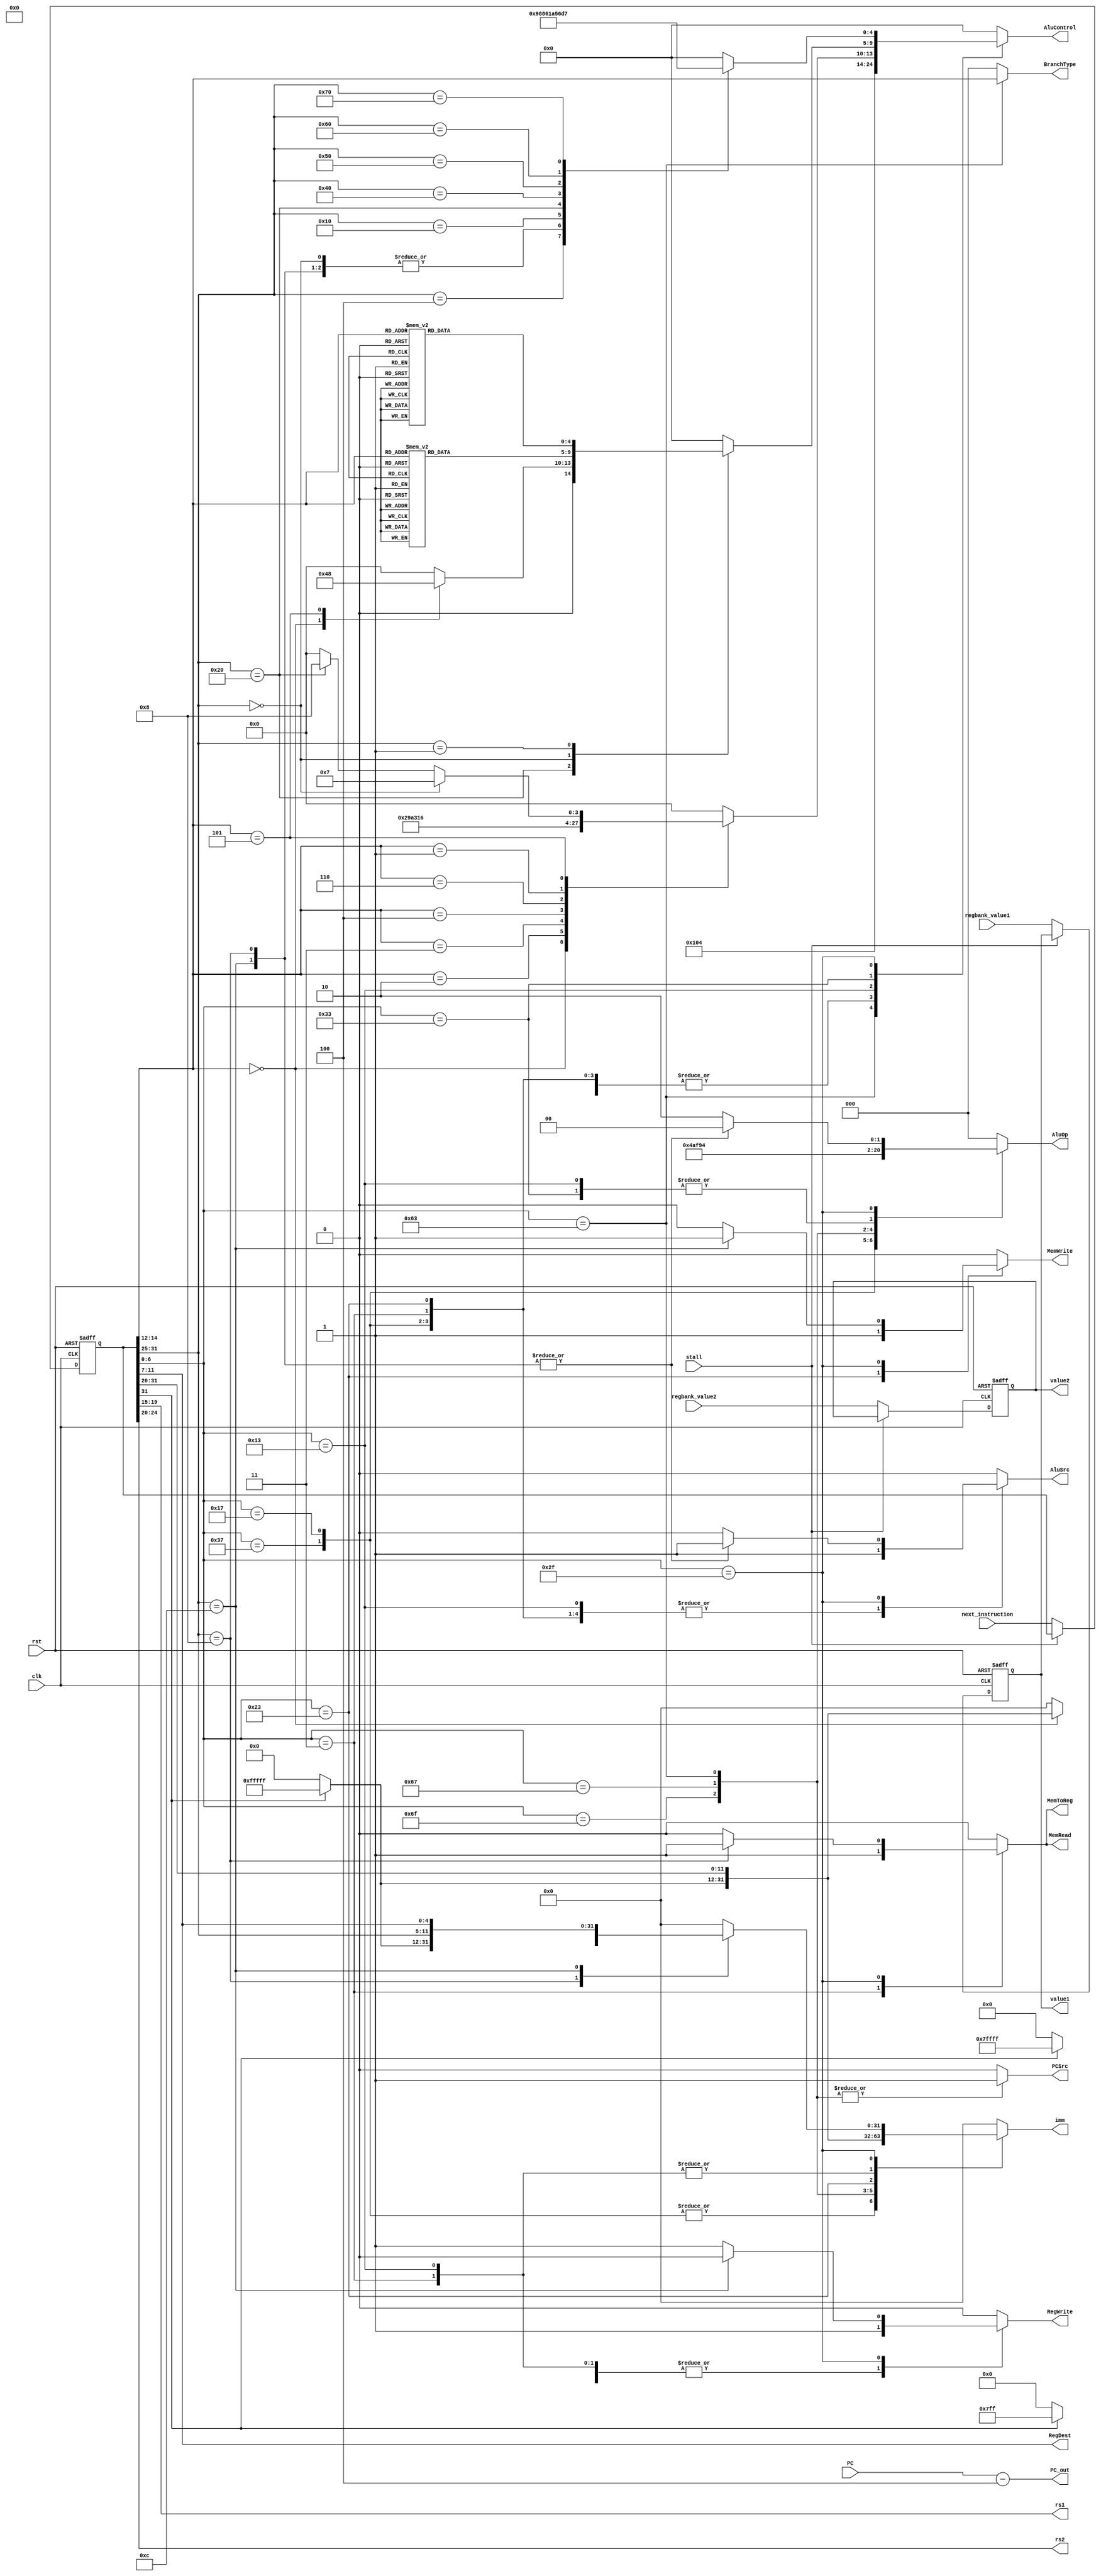
// Decode Stage
module decode (
    input clk,                // Clock signal
    input rst,                // Reset signal
    input stall,

    input [31:0] next_instruction,
    input [31:0] PC,
    input [31:0] regbank_value1,
    input [31:0] regbank_value2,

    // TODO: Clean unused outputs
    output reg [31:0] imm,
    output [4:0] rs1, rs2,
   
    // output sinais de controle
    output reg MemWrite,        // True or False depending if the operation Writes in the Memory or not
    output reg MemRead,         // True or False depending if the operation Reads from the Memory or not
    output reg RegWrite,        // True or False depending if the operation writes in a Register or not
    output [4:0] RegDest,       // Determines which register to write the ALU result
    output reg AluSrc,          // Determines if the value comes from the Register Bank or is an IMM
    output reg [2:0] AluOp,     // Operation type ALU will perform
    output reg MemToReg,        // True or False depending if the operation writes from the Memory into the Resgister Bank
    output reg PCSrc,       // Determines where the PC will come from
    output reg [2:0] BranchType = 0,
    output reg [4:0] AluControl = 0,
    output reg [31:0] PC_out,
    output reg [31:0] value1,
    output reg [31:0] value2
);

    // Macros dos opcodes:
    localparam CODE_LUI         = 7'b0110111;
    localparam CODE_AUIPC       = 7'b0010111;
    localparam CODE_JAL         = 7'b1101111;
    localparam CODE_JARL        = 7'b1100111;
    localparam CODE_B_TYPE      = 7'b1100011;
    localparam CODE_LOAD_TYPE   = 7'b0000011;
    localparam CODE_SAVE_TYPE   = 7'b0100011;
    localparam CODE_I_TYPE      = 7'b0010011;
    localparam CODE_R_TYPE      = 7'b0110011;
    localparam CODE_ATOMIC      = 7'b0101111;
    localparam CODE_SYS_CALL    = 7'b1110011;


    reg [31:0] _instruction;
    reg [31:0] _value1;
    reg [31:0] _value2;

    // Divide each possible part of an instruction
    wire [6:0] opcode = _instruction[6:0];
    assign RegDest = _instruction[11:7];
    assign rs1 = _instruction[19:15];
    assign rs2 = _instruction[24:20];
    wire [5:0] shamt = _instruction[24:20];
    wire [2:0] func3 = _instruction[14:12];
    wire [6:0] func7 = _instruction[31:25];

    always @(posedge clk or posedge rst)
    begin

        if (rst) 
        begin
            _instruction <= 0;
            _value1 <= 0;
            _value2 <= 0;
        end
        else
        begin
            if (~stall) begin
                _instruction <= next_instruction;
                _value1 <= regbank_value1;
                _value2 <= regbank_value2;
            end
        end
    end

    always @(*) 
    begin
        // Standart Value for PCSrc
        imm <= 0;
        MemWrite   <= 0;
        MemRead    <= 0;
        RegWrite   <= 0;
        AluSrc     <= 0;
        AluOp      <= 0;
        AluControl <= 0;
        BranchType <= 0;
        MemToReg   <= 0; 
        PCSrc      <= 0;
        PC_out <= PC-4;
        value1 <= _value1;
        value2 <= _value2;

        case (opcode)
            // LUI: Load Upper Immediate (Tipo U)
            CODE_LUI : 
                begin
                    AluOp <= 3'b100;
                    AluSrc <= 1;
                    MemToReg <= 0;
                    RegWrite <= 1;
                    MemRead <= 0;
                    MemWrite <= 0;
                    PCSrc <= 0;
                    AluControl <= 5'b00010;
                    imm <= {_instruction[31:12], 12'b0};
                end
            
            // AUIPC: Add U-Immediate with PC (Tipo U)
            CODE_AUIPC : begin
                    AluOp <= 3'b101;
                    AluSrc <= 1;
                    MemToReg <= 0;
                    RegWrite <= 1;
                    MemRead <= 0;
                    MemWrite <= 0;
                    PCSrc <= 0;
                    AluControl <= 5'b00010;
                    imm <= {_instruction[31:12], 12'b0};
                end

            // JAL: Jump And Link (Tipo J)
            CODE_JAL : 
            begin
                AluOp <= 3'b011;
                AluSrc <= 0;
                MemToReg <= 0;
                RegWrite <= 1;
                MemRead <= 0;
                MemWrite <= 0;
                PCSrc <= 1;
                AluControl <= 5'b00010;
                imm <= {_instruction[31] ? 11'b11111111111 : 11'b0, _instruction[31], _instruction[19:12], _instruction[20], _instruction[30:21], 1'b0};
            end

            //JARL: Jump And Link Register (Tipo I)
            // Essa intruo  bizarra, verificar dps
            CODE_JARL :
            begin
                AluOp <= 3'b111;
                AluSrc <= 0;
                MemToReg <= 0;
                RegWrite <= 1;
                MemRead <= 0;
                MemWrite <= 0;
                PCSrc <= 1;
                AluControl <= 5'b00010;
                case (func3)
                7'b000 :
                    begin
                        imm <= {_instruction[31] ? 20'b11111111111111111111 : 20'b0, _instruction[31:20]};
                    end

                endcase
            end

            // Instrues de Branch: dependedem de func3 (Tipo B)
            CODE_B_TYPE :
            begin
                AluOp <= 3'b001;
                AluSrc <= 0;
                RegWrite <= 0;
                MemRead <= 0;
                MemWrite <= 0;
                PCSrc <= 1;
                AluControl <= 5'b00100; // Branch performa uma subtrao na ALU pra fazer a comparao
                imm <= {_instruction[31] ? 19'b1111111111111111111 : 19'b0, _instruction[31], _instruction[7], _instruction[30:25], _instruction[11:8], 1'b0}; // Imediato usado pra somar no PC
                BranchType <= func3;
            end

            // Instrues dos tipos de Loads: dependem do func3
            CODE_LOAD_TYPE :
                begin
                    AluOp <= 3'b000;
                    AluSrc <= 1;
                    MemToReg <= 1;
                    RegWrite <= 1;
                    MemRead <= 1;
                    MemWrite <= 0;
                    PCSrc <= 0;
                    AluControl <= 5'b00010; // LW performa uma soma na ALU pra calculcar endereo
                    imm <= {_instruction[31] ? 20'b11111111111111111111 : 20'b0, _instruction[31:20]};
                end
            
            // Instrues pros tipos de Save: dependem do func3 (Tipo S)
            CODE_SAVE_TYPE :
                begin
                    AluOp <= 3'b000;
                    AluSrc <= 1;
                    RegWrite <= 0;
                    MemRead <= 0;
                    MemWrite <= 1;
                    PCSrc <= 0;
                    AluControl <= 5'b00010; // SW performa uma soma na ALU pra calculcar endereo
                    imm <= {_instruction[31] ? 20'b11111111111111111111 : 20'b0, _instruction[31:25], _instruction[11:7]};
                    
                    // Esse sinal ir indicar pra ALU/MEM qual o tipo de store
                    // (No sei oq fazer pra diferenciar os tipos de store ainda, ento o padro vai ser SW por hora)
                    // if (func3 == 010) 
                end
            
            // Instrues para operaes com Imediato (Tipo I)
            CODE_I_TYPE :
                begin
                    AluOp <= 3'b010;
                    AluSrc  <= 1;
                    MemToReg <= 0;
                    RegWrite <= 1;
                    MemRead <= 0;
                    MemWrite <= 0;
                    PCSrc <= 0;
                    imm <= {_instruction[31] ? 20'b11111111111111111111 : 20'b0, _instruction[31:20]};

                    case (func3)
                        // ADDI, LI, MV
                        3'b000:
                        begin
                            AluControl <= 5'b00010;
                        end
                        // SLTI
                        3'b010:
                        begin
                            AluControl <= 5'b01001;
                        end
                        // SLTIU
                        3'b011:
                        begin
                            AluControl <= 5'b01010;    
                        end
                        // XORI
                        3'b100:
                        begin
                            AluControl <= 5'b00011;    
                        end
                        // ORI
                        3'b110:
                        begin
                            AluControl <= 5'b00001;    
                        end
                        // ANDI
                        3'b111:
                        begin
                            AluControl <= 5'b00000;
                        end
                        // SLLI
                        // dar um jeito no execute pra pegar o SHAMT
                        3'b001:
                        begin
                            AluControl <= 5'b00110;
                        end
                        // SRLI, SRAI
                        3'b101:
                        begin
                            if (func7 == 7'b0000000) 
                            begin
                                AluControl <= 5'b00111;
                            end
                            else if (func7 == 7'b0100000)
                            begin
                                AluControl <= 5'b01000;
                            end
                        end
                    endcase
                    
                end

        
            // Tipo R
            CODE_R_TYPE :
                begin
                    AluOp <= 3'b010;
                    AluSrc  <= 0;
                    MemToReg <= 0;
                    RegWrite <= 1;
                    MemRead <= 0;
                    MemWrite <= 0;
                    PCSrc <= 0;

                    case(func7)
                        // SUB, SRA
                        7'b0100000 :
                        begin
                            case (func3)
                                // SUB
                                3'b000 :
                                    AluControl <= 5'b00100;
                                // SRA
                                3'b101 :
                                    AluControl <= 5'b01000;
                            endcase
                        end
                        // ADD, SLL, SLT, SLTU, XOR, SRL, OR, AND (Tipo R)
                        7'b0000000 :
                        begin
                            case(func3)
                                // ADD
                                3'b000 :
                                    AluControl <= 5'b00010;
                                // AND
                                3'b111 :
                                    AluControl <= 5'b00000;
                                // OR
                                3'b110:
                                    AluControl <= 5'b00001;
                                // XOR
                                3'b100:
                                    AluControl <= 5'b00011;
                                // SLL
                                3'b001:
                                    AluControl <= 5'b00110;
                                // SRL
                                3'b101 :
                                    AluControl <= 5'b00111;
                                // SLT
                                3'b010:
                                    AluControl <= 5'b01001;
                                // SLTU
                                3'b011:
                                    AluControl <= 5'b01010;
                            endcase
                        end
                        // MUL, MULH, MULHSU, MULHU, DIV, DIVU, REM, REMU (RV32M)
                        7'b0000001 :
                        begin
                            case(func3)
                                // mul: Place result in lower part of rd
                                3'b000: 
                                    AluControl <= 5'b01011;
                                // mulh: Place result in higher part of rd
                                3'b001:
                                    AluControl <= 5'b01100;
                                // mulhsu: mulh with signed rs1 and unsigned rs2
                                3'b010:
                                    AluControl <= 5'b01101;
                                // mulhu: mulh with unsigned rs1 and unsigned rs2
                                3'b011:
                                    AluControl <= 5'b01110;
                                // div: divide signed rs1 by signed rs2
                                3'b100:
                                    AluControl <= 5'b01111;
                                // divu: unsigned div
                                3'b101:
                                    AluControl <= 5'b10000;    
                                // rem: reminder(resto) of the division rs1 by rs2
                                3'b110:
                                    AluControl <= 5'b10001;
                                // remu: unsigned rem
                                3'b111:
                                    AluControl <= 5'b10010;
                            endcase
                        end
                    endcase
                end


            // Instrues para operaes atomicas (RV32A)
            CODE_ATOMIC:
                begin
                    AluOp <= 3'b010;
                    AluSrc  <= 0;
                    MemToReg <= 0;
                    RegWrite <= 1;
                    MemRead <= 0;
                    MemWrite <= 0;
                    PCSrc <= 0;

                    case(func7)
                        // lr.w
                        7'b0001000:
                        begin
                            AluOp <= 3'b000;
                            AluSrc <= 1;
                            MemToReg <= 1;
                            // RegWrite <= 1;
                            MemRead <= 1;
                            // MemWrite <= 0;
                            AluControl <= 5'b00010; // LW performa uma soma na ALU pra calculcar endereo
                            imm <= {_instruction[31] ? 20'b11111111111111111111 : 20'b0, _instruction[31:20]};
                        end
                        // sc.w
                        7'b0001100:
                        begin
                            AluOp <= 3'b000;
                            AluSrc <= 1;
                            RegWrite <= 0;
                            // MemRead <= 0;
                            MemWrite <= 1;
                            AluControl <= 5'b00010; // SW performa uma soma na ALU pra calculcar endereo
                            imm <= {_instruction[31] ? 20'b11111111111111111111 : 20'b0, _instruction[31:25], _instruction[11:7]};
                        end
                        // amoswap.w
                        7'b0000100:
                        begin
                            // amoswap.w rd, addr, rs1
                            // Salva em rd, o valor de rs1
                            AluControl <= 5'b10011;
                        end
                        // amoadd.w
                        7'b0000000:
                        begin
                            AluControl <= 5'b00010;
                        end
                        // amoxor.w
                        7'b0010000:
                        begin
                            AluControl <= 5'b00011;
                        end
                        // amoand.w
                        7'b0110000:
                        begin
                            AluControl <= 5'b00000;
                        end
                        // amoor.w
                        7'b0100000:
                        begin
                            AluControl <= 5'b00001;
                        end
                        // amomin.w
                        7'b1000000:
                        begin
                            AluControl <= 5'b10100;
                        end
                        // amomax.w
                        7'b1010000:
                        begin
                            AluControl <= 5'b10101;
                        end
                        // amominu.w
                        7'b1100000:
                        begin
                            AluControl <= 5'b10110;
                        end
                        // amomaxu.w
                        7'b1110000:
                        begin
                            AluControl <= 5'b10111;
                        end
                    endcase
                end

            // // FENCE: Synch Thread
            // 7'b000111 :
            // begin
                        // RegDest <= instruction[11:7];
            //     func3= instruction[14:12];
            //     rs1 <= instruction[19:15];
            //     succ <= instruction[22:20];
            //     pred <= instruction[26:23];
            //     fm <= instruction[27:31];        
                        // RegDest <= instruction[11:7];
            //     func3= instruction[14:12];
            //     rs1 <= instruction[19:15];
            //     succ <= instruction[22:20];
            //     pred <= instruction[26:23];
            //     fm <= instruction[27:31];        
            // end

            // // FENCE.TSO : no fao ideia do que  isso
            // 7'b0001111 :
            // begin
            //     // RegDest <= instruction[11:7];
            //     func3= instruction[14:12];
            //     // rs1 <= instruction[19:15];
            //     // succ <= instruction[22:20];
            //     // pred <= instruction[26:23];
            //     // fm <= instruction[27:31];        
            //     // RegDest <= instruction[11:7];
            //     func3= instruction[14:12];
            //     // rs1 <= instruction[19:15];
            //     // succ <= instruction[22:20];
            //     // pred <= instruction[26:23];
            //     // fm <= instruction[27:31];        
            // end

            // ECALL and EBREAK: chamada de sistema (Tipo I)
            // CODE_SYS_CALL :
            // begin
            //     AluOp <= 3'b000;
            //     imm <= {20'b0, _instruction[31:20]};
            // end


            // Should traslate to NOP
            default :
            begin
                // isso tem que virar sinal de controle
                AluSrc  <= 0;
                MemToReg <= 0;
                RegWrite <= 0;
                MemRead <= 0;
                MemWrite <= 0;
                PCSrc <= 0;
                // synthesis translate_off
                $display("INSTRUO INVLIDA! INSTRUO INVLIDA!");
                // synthesis translate_on
            end
            
        endcase
    end
    
endmodule